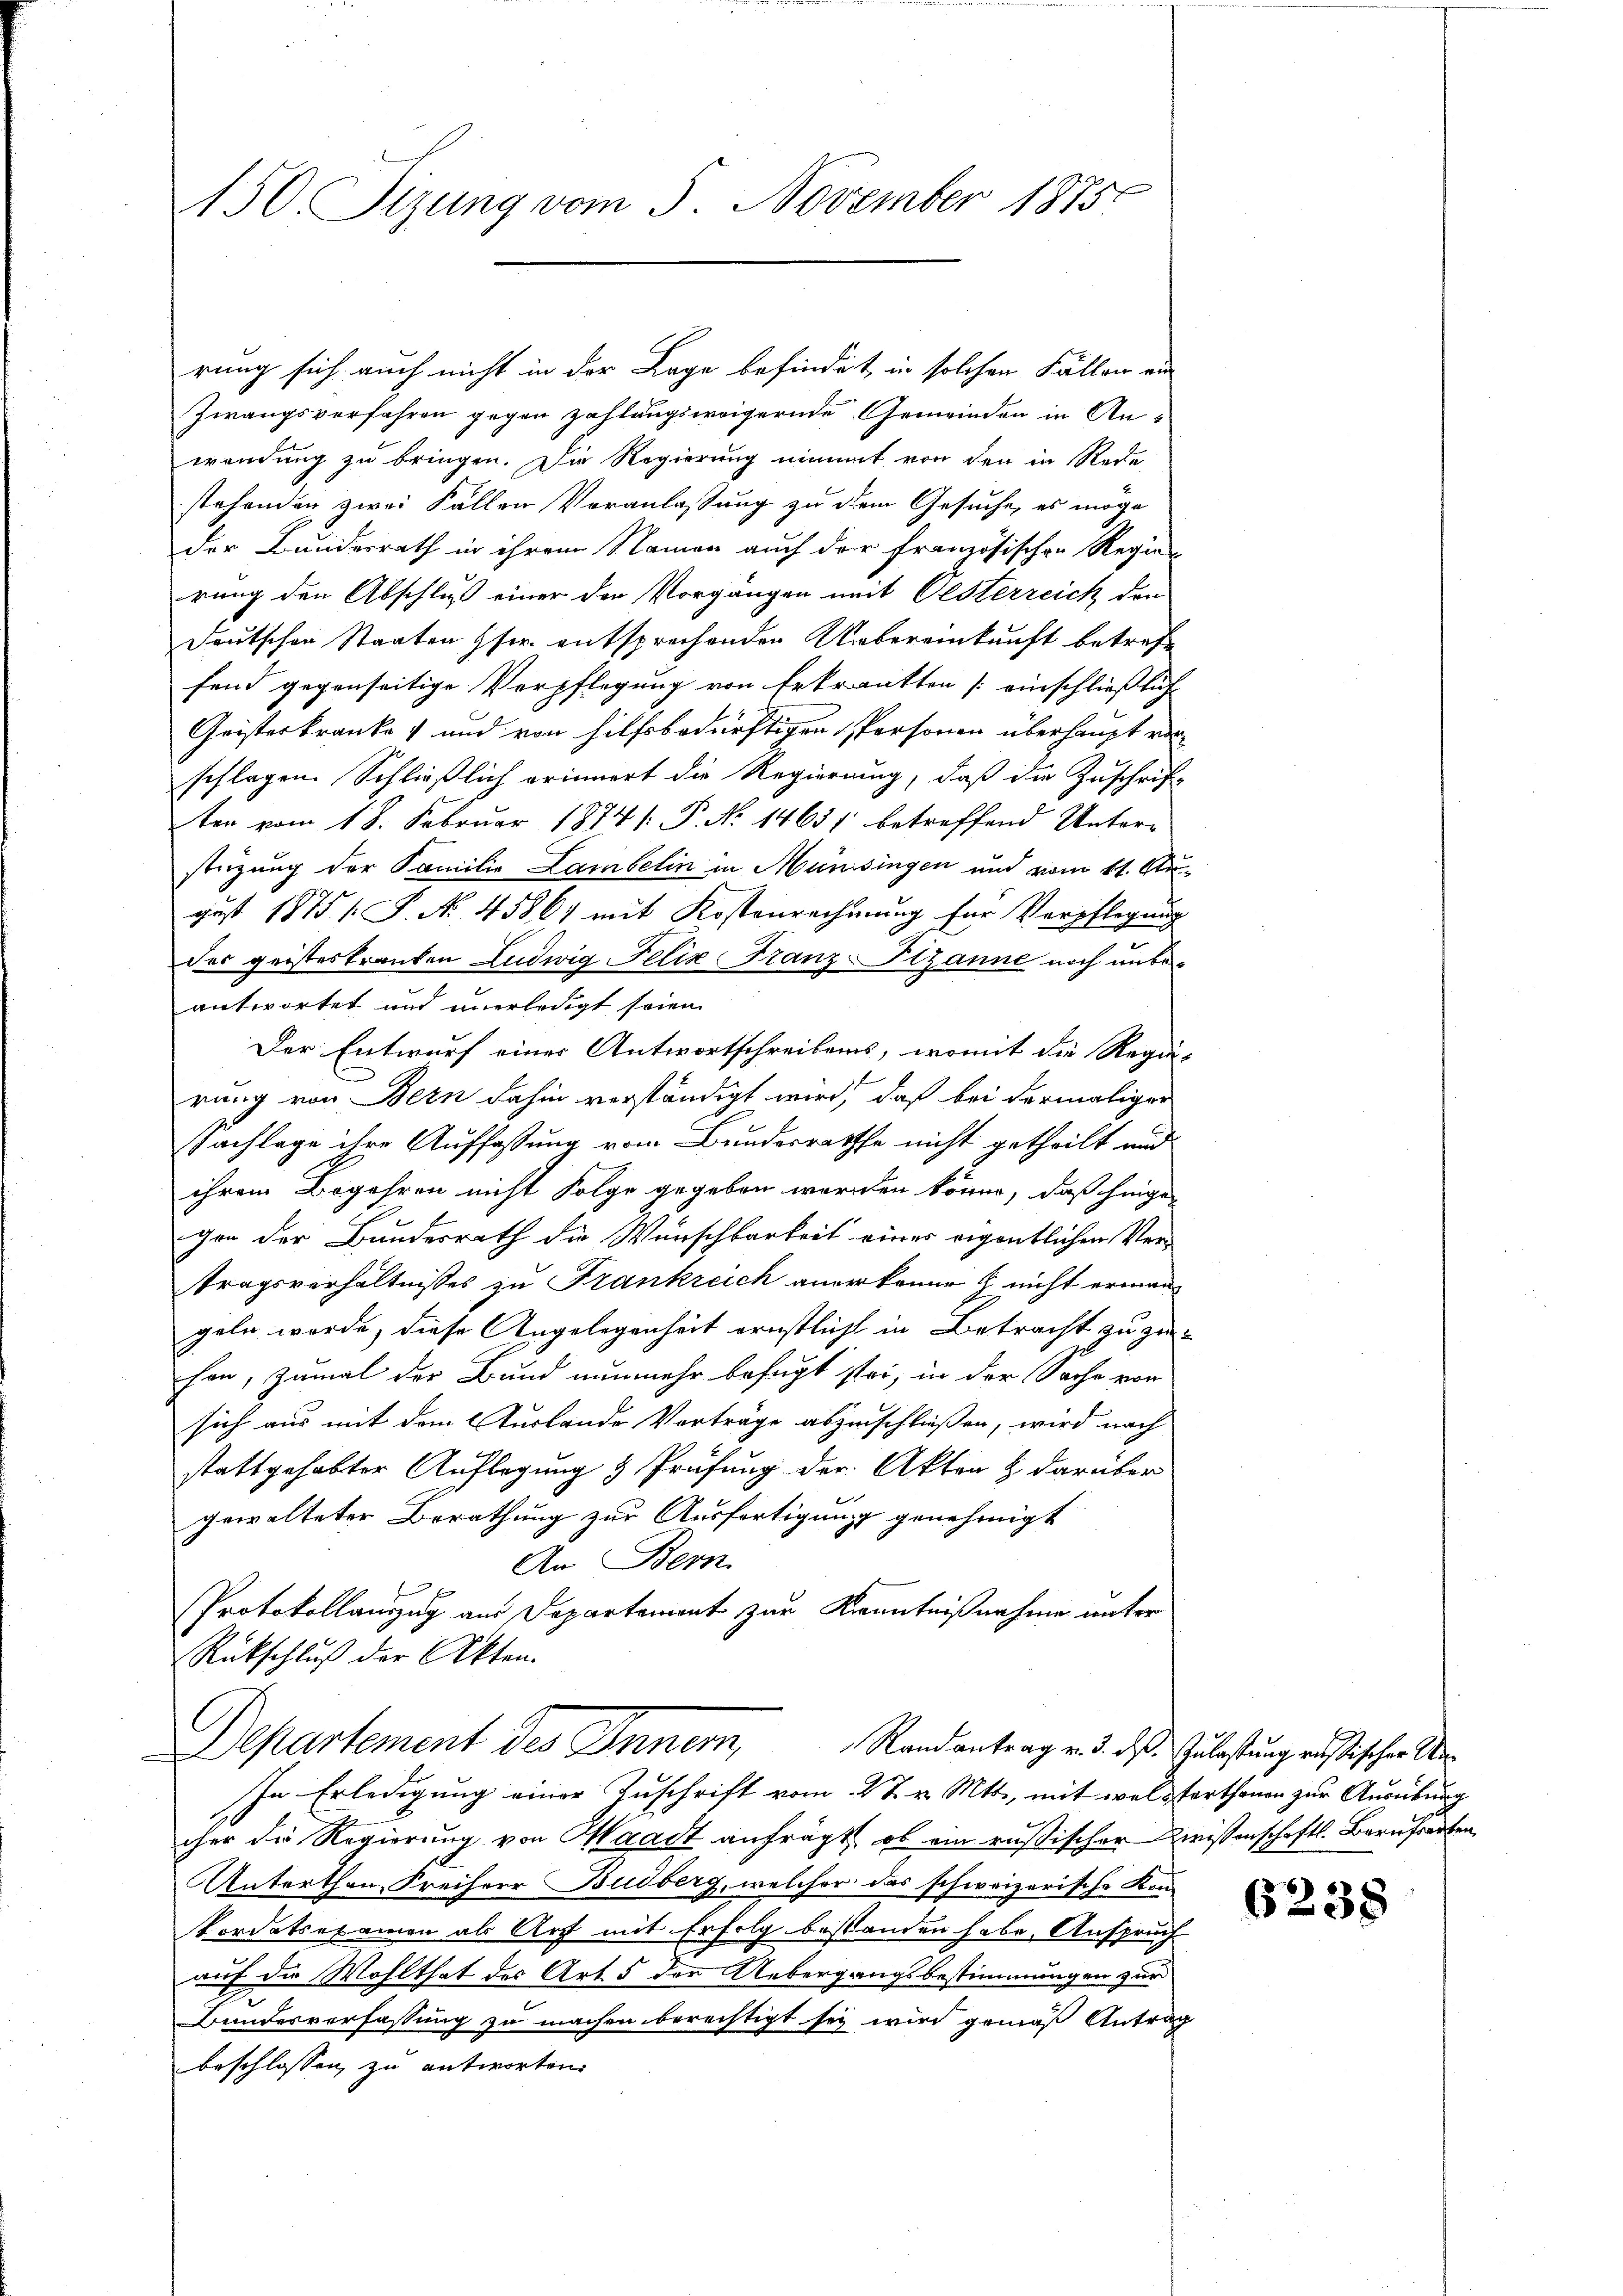
150. Sizung vom 5. November 1875.

rung sich auch nicht in der Lage befindet, in solchen Fällen ein
Zwangsverfahren gegen zahlungsweigernde Gemeinden in Anwendung zu bringen. Die Regierung nimmt von den in Rede
stehenden zwei Fällen Veranlassung zu dem Gesuche, es möge
der Bundesrath in ihrem Namen auch der Französischen Regie-
rung den Abschluß einer den Vorgängen mit Oesterreich den
Deutschen Staaten ser entsprechenden Uebereinkunft betreffend gegenseitige Verpflegung von Erkrankten (einschließlich
Geisterkranke und von hilfsbedürftigen Personen überhaupt von
schlagen. Schließlich erinnert die Regierung, daß die Zuschrift
ter vom 18. Februar 1874 [ P. No 14651 betreffend Unterstüzung der Familie Lambelin in Münssingen und vom 11. Uhr.
gust 1875 /F. No 45861 mit Kostenrechnung für Verpflegung
des geisteskranken Ludwig Felix Franz-Ilzanne noch unbe-
antwortet und unerledigt seien.
Der Entwurf einer Antwortschreibens, womit die Regie-
rung von Bern dahin verständigt wird, daß bei dermaliger
Nachlage ihre Auffassung vom Bundesrathe nicht getheilt und
ihrem Begehren nicht Folge gegeben worden könne, daß hinge-
gen der Bundesrath die Wunschbarkeit eines eigentlichen Ver-
tragsverhältnisses zu Frankreich anerkenne & nicht ermangeln werde, diese Angelegenheit ernstlicht in Betracht zuzuhan, zumal der Bund nunmehr befugt sei, in der Sache von
sich aus mit dem Auslande Vorträge abzuschließen, wird nach
stattgehabter Auflegung & Prüfung der Akten & darüber
gewalteter Berathung zur Ausfertigung genehmigt
An Bern
Protokollauszug aus Departement zur Kenntnißnahme unter
Rückschluß der Akten.
Departement des Innern,
Randantrag v. 3. ds. Zulastung russischer Un¬
In Erledigung einer Zuschrift vom 27. v. Mts., mit welsterthanen zur Ausübung
cher die Regierung von Waadt anfrägt, ob ein rußischer Zwissenschaftl. Berufsarben,
Anterthen Freiherr Budberg, welcher das schweizerische Kon¬
Vordatsexamen als Art mit Erfolg bestanden habe, Anspruch
auf die Wohlthat des Art 5 der Uebergangsbestimmungen zur
Bundesverfassung zu machen berechtigt sey wird gemäß Antrag
beschlossen, zu antworten.

6238